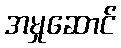
အမှုဆောင်